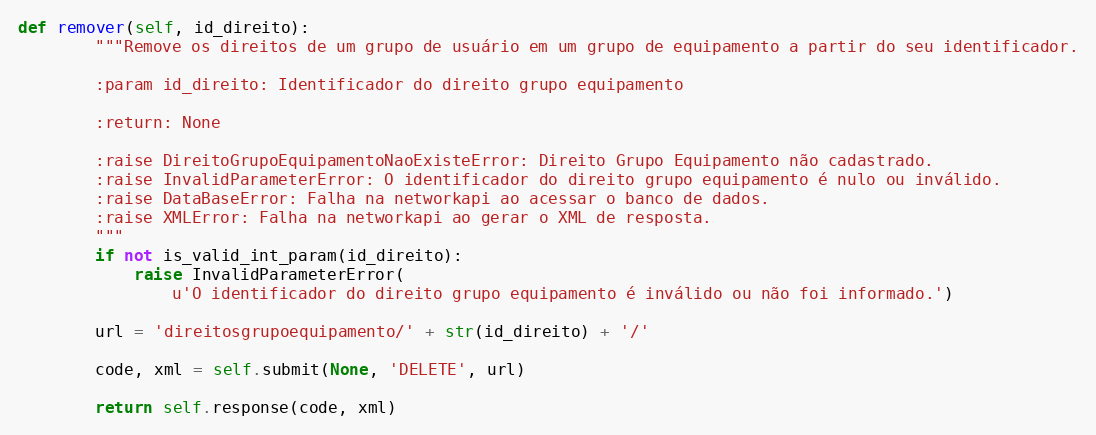
Language: Python
def remover(self, id_direito):
        """Remove os direitos de um grupo de usuário em um grupo de equipamento a partir do seu identificador.

        :param id_direito: Identificador do direito grupo equipamento

        :return: None

        :raise DireitoGrupoEquipamentoNaoExisteError: Direito Grupo Equipamento não cadastrado.
        :raise InvalidParameterError: O identificador do direito grupo equipamento é nulo ou inválido.
        :raise DataBaseError: Falha na networkapi ao acessar o banco de dados.
        :raise XMLError: Falha na networkapi ao gerar o XML de resposta.
        """
        if not is_valid_int_param(id_direito):
            raise InvalidParameterError(
                u'O identificador do direito grupo equipamento é inválido ou não foi informado.')

        url = 'direitosgrupoequipamento/' + str(id_direito) + '/'

        code, xml = self.submit(None, 'DELETE', url)

        return self.response(code, xml)